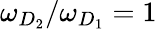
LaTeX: \omega_{D_{2}}/\omega_{D_{1}}=1